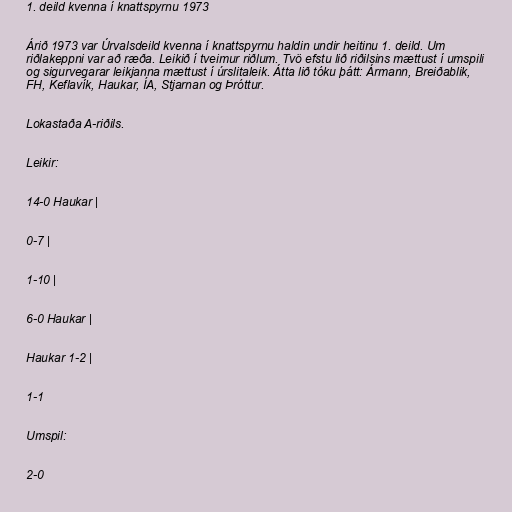
1. deild kvenna í knattspyrnu 1973

Árið 1973 var Úrvalsdeild kvenna í knattspyrnu haldin undir heitinu 1. deild. Um
riðlakeppni var að ræða. Leikið í tveimur riðlum. Tvö efstu lið riðilsins mættust í umspili
og sigurvegarar leikjanna mættust í úrslitaleik. Átta lið tóku þátt: Ármann, Breiðablik,
FH, Keflavík, Haukar, ÍA, Stjarnan og Þróttur.

Lokastaða A-riðils.

Leikir:

14-0 Haukar |

0-7 |

1-10 |

6-0 Haukar |

Haukar 1-2 |

1-1

Umspil:

2-0